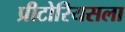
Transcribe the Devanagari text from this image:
प्रीटोरियसला